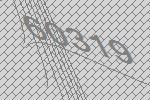
60319